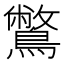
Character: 鷩